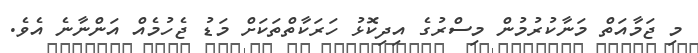
މި ޖަމާއަތް މަނާކުރުމުން މިސްރުގެ އިދިކޮޅު ހަރަކާތްތަކަށް މަޑު ޖެހުމެއް އަންނާނެ އެވެ.